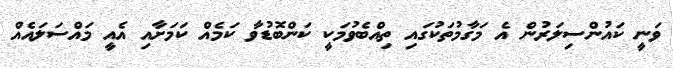
ވަނީ ކައުންސިލަރުން އެ މަގާމުތަކުގައި ތިއްބެވުމަކީ ކަންބޮޑުވާ ކަމެއް ކަމަށާއި އެއީ މައްސަލައެއް